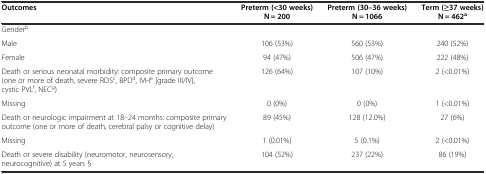
<table><thead><tr><td><b>Outcomes</b></td><td><b>Preterm (&lt;30 weeks) N = 200</b></td><td><b>Preterm (30–36 weeks) N = 1066</b></td><td><b>Term (≥37 weeks) N = 462<sup>a</sup></b></td></tr></thead><tbody><tr><td>Gender<sup>b</sup></td><td></td><td></td><td></td></tr><tr><td>Male</td><td>106 (53%)</td><td>560 (53%)</td><td>240 (52%)</td></tr><tr><td>Female</td><td>94 (47%)</td><td>506 (47%)</td><td>222 (48%)</td></tr><tr><td>Death or serious neonatal morbidity: composite primary outcome (one or more of death, severe RDS<sup>c</sup>, BPD<sup>d</sup>, IVH<sup>e</sup> [grade III/IV], cystic PVL<sup>f</sup>, NEC<sup>g</sup>)</td><td>126 (64%)</td><td>107 (10%)</td><td>2 (&lt;0.01%)</td></tr><tr><td>Missing</td><td>0 (0%)</td><td>0 (0%)</td><td>1 (&lt;0.01%)</td></tr><tr><td>Death or neurologic impairment at 18–24 months: composite primary outcome (one or more of death, cerebral palsy or cognitive delay)</td><td>89 (45%)</td><td>128 (12.0%)</td><td>27 (6%)</td></tr><tr><td>Missing</td><td>1 (0.01%)</td><td>5 (0.1%)</td><td>2 (&lt;0.01%)</td></tr><tr><td>Death or severe disability (neuromotor, neurosensory, neurocognitive) at 5 years §</td><td>104 (52%)</td><td>237 (22%)</td><td>86 (19%)</td></tr></tbody></table>